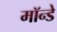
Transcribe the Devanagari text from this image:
मॉन्डे